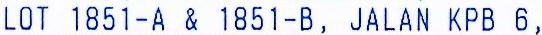
LOT 1851-A & 1851-B, JALAN KPB 6,